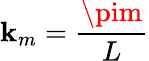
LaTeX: \mathbf{k}_{m}={\frac{{\pim}}{{L}}}